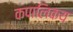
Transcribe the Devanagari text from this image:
कपालिकय